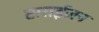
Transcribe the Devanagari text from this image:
टाराईज़न